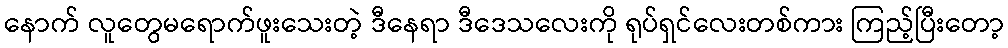
နောက် လူတွေမရောက်ဖူးသေးတဲ့ ဒီနေရာ ဒီဒေသလေးကို ရုပ်ရှင်လေးတစ်ကား ကြည့်ပြီးတော့